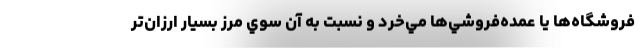
فروشگاه‌ها يا عمده‌فروشي‌ها مي‌خرد و نسبت به آن سوي مرز بسيار ارزان‌تر